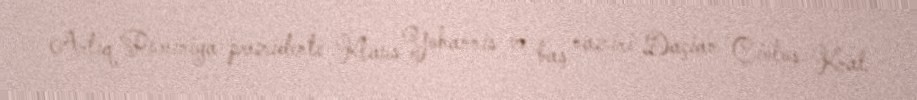
Artıq Rumıniya prezidenti Klaus Yohannis və baş naziri Daçian Çioloş Kral